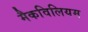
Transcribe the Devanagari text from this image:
मैकविलियम